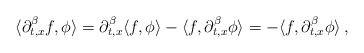
\begin{align*}\begin{aligned}\langle \partial_{t,x}^\beta f , \phi \rangle = \partial_{t,x}^\beta \langle f , \phi \rangle - \langle f , \partial_{t,x}^\beta \phi \rangle = - \langle f , \partial_{t,x}^\beta \phi \rangle \,,\end{aligned}\end{align*}